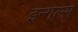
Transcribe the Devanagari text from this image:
इन्गल्स